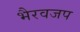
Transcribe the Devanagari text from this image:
भैरवजप